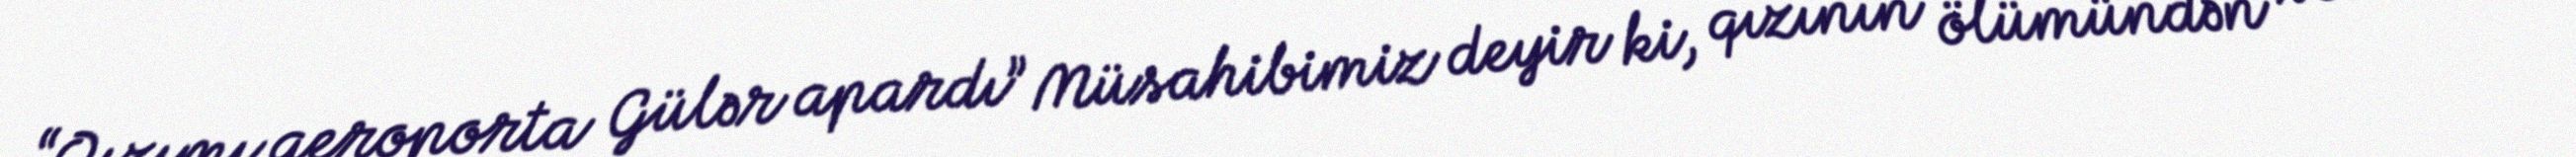
“Qızımı aeroporta Gülər apardı” Müsahibimiz deyir ki, qızının ölümündən sonra